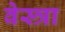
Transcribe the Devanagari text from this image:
वेस्त्रा